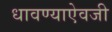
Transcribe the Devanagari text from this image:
धावण्याऐवजी